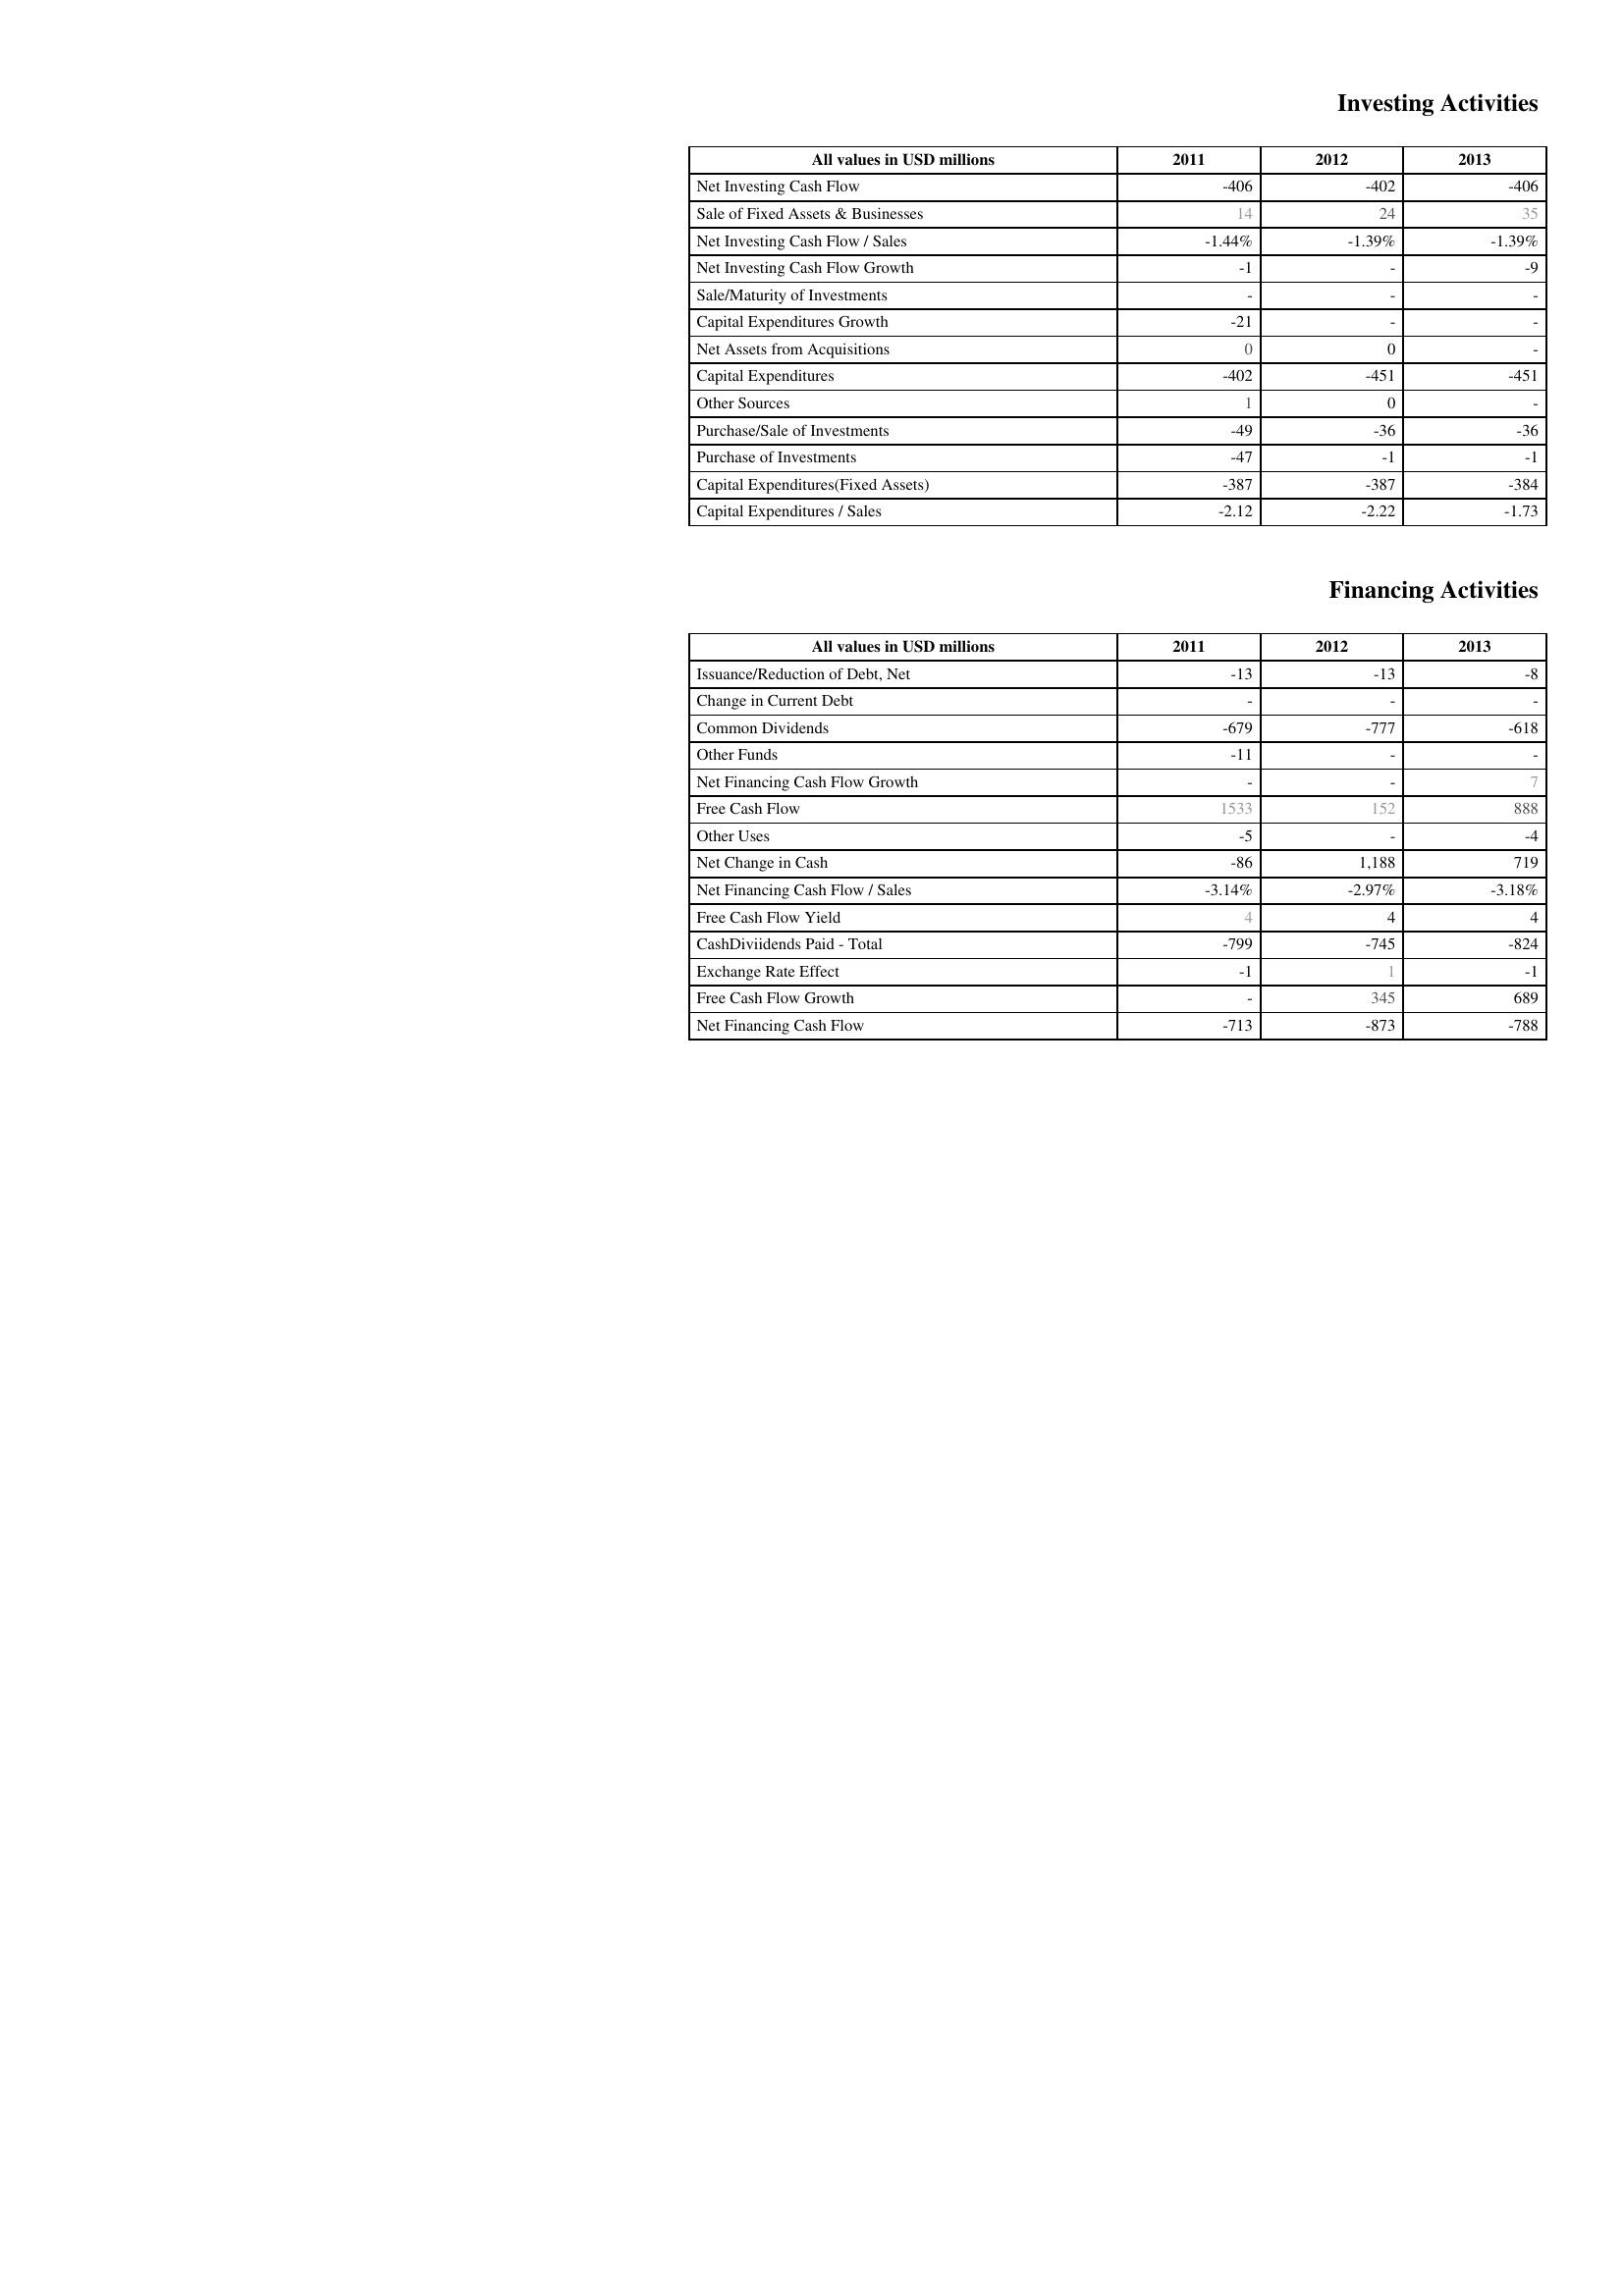
2011: Investing Activities: Net Investing Cash Flow: -406
Sale of Fixed Assets & Businesses: 14
Net Investing Cash Flow / Sales: -1.44%
Net Investing Cash Flow Growth: -1
Sale/Maturity of Investments: -
Capital Expenditures Growth: -21
Net Assets from Acquisitions: 0
Capital Expenditures: -402
Other Sources: 1
Purchase/Sale of Investments: -49
Purchase of Investments: -47
Capital Expenditures(Fixed Assets): -387
Capital Expenditures / Sales: -2.12
Financing Activities: Issuance/Reduction of Debt, Net: -13
Change in Current Debt: -
Common Dividends: -679
Other Funds: -11
Net Financing Cash Flow Growth: -
Free Cash Flow: 1533
Other Uses: -5
Net Change in Cash: -86
Net Financing Cash Flow / Sales: -3.14%
Free Cash Flow Yield: 4
CashDiviidends Paid - Total: -799
Exchange Rate Effect: -1
Free Cash Flow Growth: -
Net Financing Cash Flow: -713
2012: Investing Activities: Net Investing Cash Flow: -402
Sale of Fixed Assets & Businesses: 24
Net Investing Cash Flow / Sales: -1.39%
Net Investing Cash Flow Growth: -
Sale/Maturity of Investments: -
Capital Expenditures Growth: -
Net Assets from Acquisitions: 0
Capital Expenditures: -451
Other Sources: 0
Purchase/Sale of Investments: -36
Purchase of Investments: -1
Capital Expenditures(Fixed Assets): -387
Capital Expenditures / Sales: -2.22
Financing Activities: Issuance/Reduction of Debt, Net: -13
Change in Current Debt: -
Common Dividends: -777
Other Funds: -
Net Financing Cash Flow Growth: -
Free Cash Flow: 152
Other Uses: -
Net Change in Cash: 1,188
Net Financing Cash Flow / Sales: -2.97%
Free Cash Flow Yield: 4
CashDiviidends Paid - Total: -745
Exchange Rate Effect: 1
Free Cash Flow Growth: 345
Net Financing Cash Flow: -873
2013: Investing Activities: Net Investing Cash Flow: -406
Sale of Fixed Assets & Businesses: 35
Net Investing Cash Flow / Sales: -1.39%
Net Investing Cash Flow Growth: -9
Sale/Maturity of Investments: -
Capital Expenditures Growth: -
Net Assets from Acquisitions: -
Capital Expenditures: -451
Other Sources: -
Purchase/Sale of Investments: -36
Purchase of Investments: -1
Capital Expenditures(Fixed Assets): -384
Capital Expenditures / Sales: -1.73
Financing Activities: Issuance/Reduction of Debt, Net: -8
Change in Current Debt: -
Common Dividends: -618
Other Funds: -
Net Financing Cash Flow Growth: 7
Free Cash Flow: 888
Other Uses: -4
Net Change in Cash: 719
Net Financing Cash Flow / Sales: -3.18%
Free Cash Flow Yield: 4
CashDiviidends Paid - Total: -824
Exchange Rate Effect: -1
Free Cash Flow Growth: 689
Net Financing Cash Flow: -788